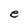
Character: e